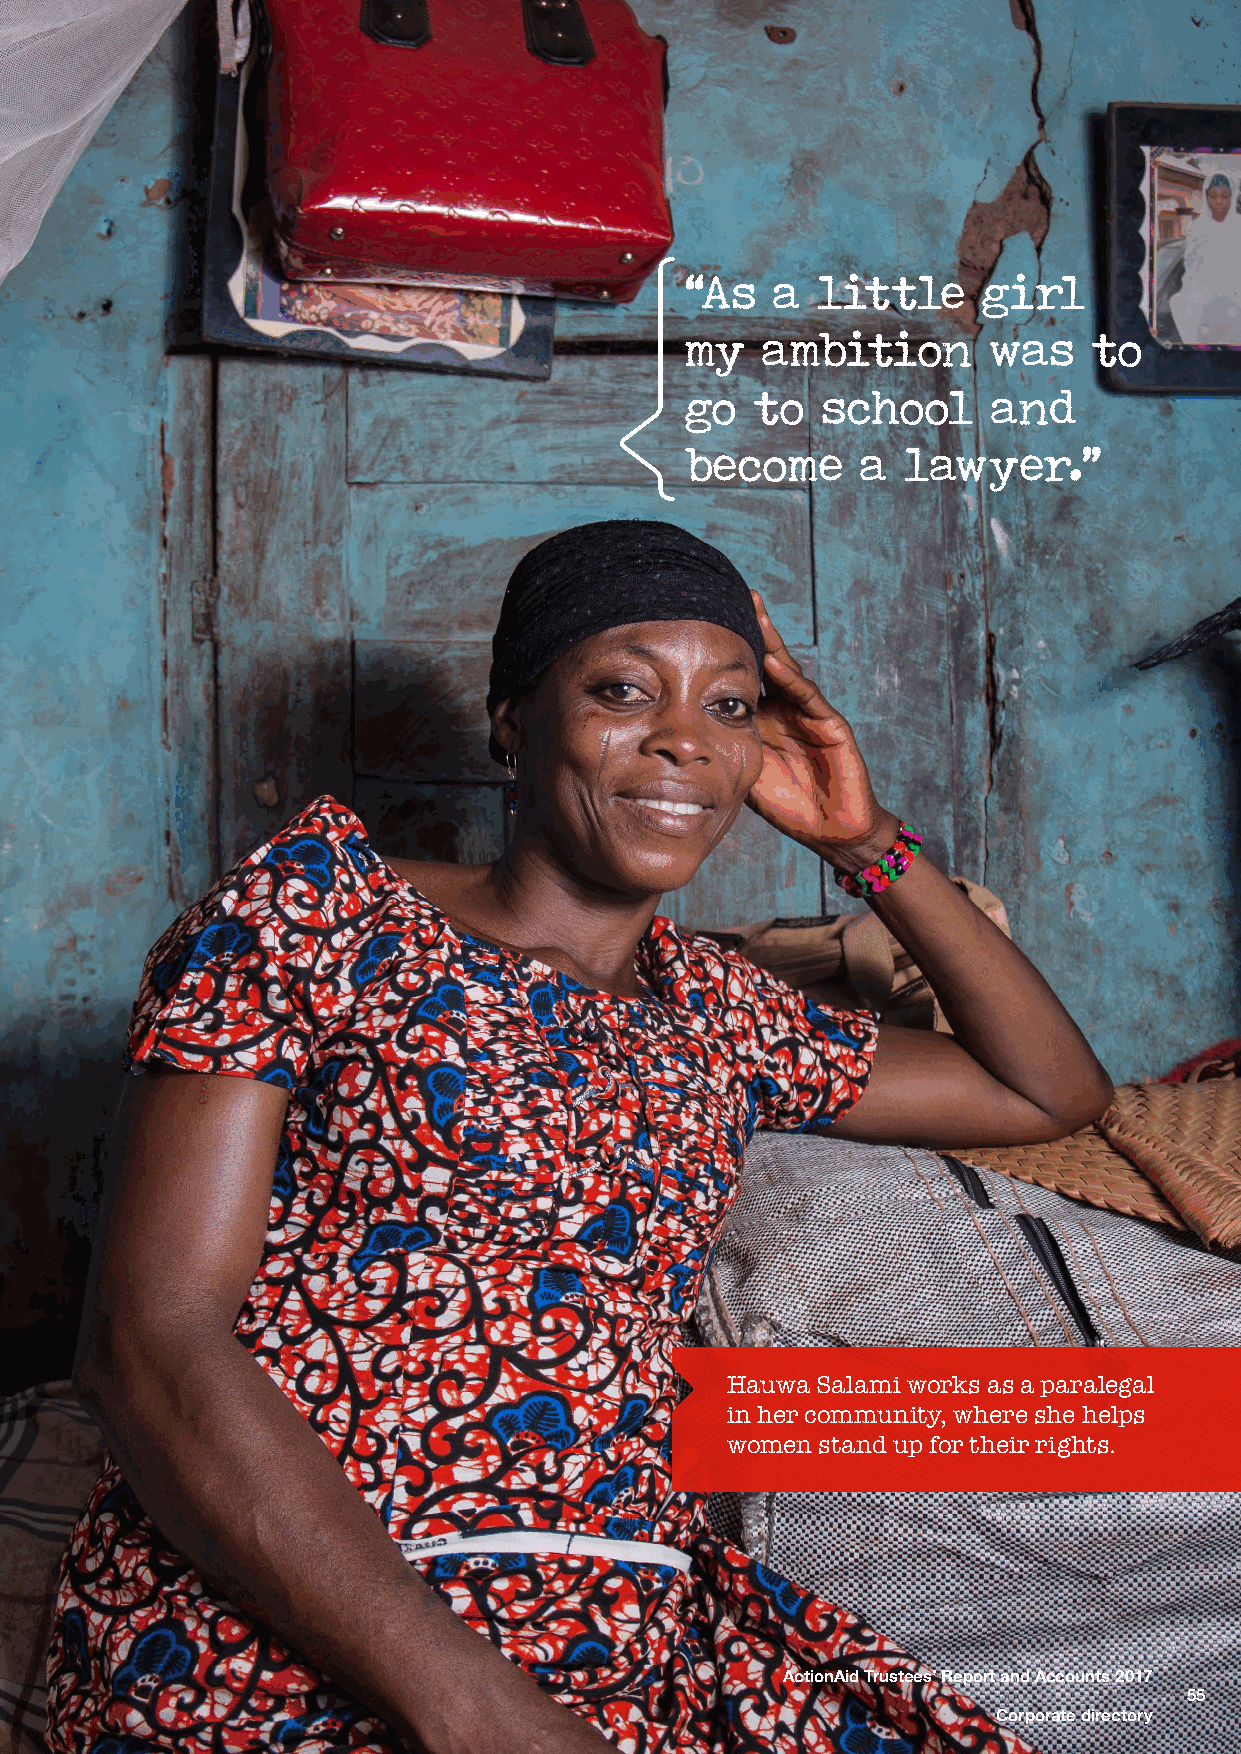
“As   a  little     girl
 my   ambition       was    to
 go   to  school      and
 become      a  lawyer.”
 Hauwa Salami works as a paralegal
 in her community, where she helps
 women stand up for their rights.
 ActionAid Trustees’ Report and Accounts 2017
 55
 Corporate directory